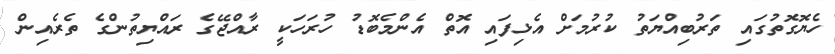
ހެޔޮގޮތުގައި ތަރުބިއްޔަތު ކުރުމަށް އެޅިފައި އޮތް އެންމެބޮޑު ހުރަހަކީ ރާއްޖޭގެ ރައްޔިތުންގެ ތެރެއިން